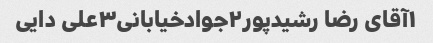
۱آقای رضا رشیدپور۲جوادخیابانی۳علی دایی